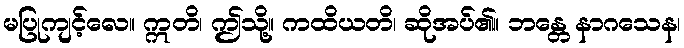
မပြုကျင့်လေ။ ဣတိ၊ ဤသို့။ ကထိယတိ၊ ဆိုအပ်၏။ ဘန္တေ နာဂသေန၊